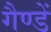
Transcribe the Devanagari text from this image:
गैण्डें